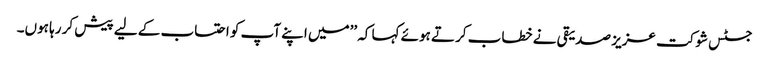
جسٹس شوکت عزیز صدیقی نے خطاب کرتے ہوئے کہا کہ ’’میں اپنے آپ کو احتساب کے لیے پیش کر رہا ہوں۔